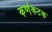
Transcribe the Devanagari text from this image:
कर्णकटक